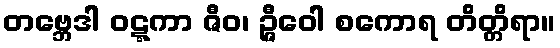
တဗ္ဘေဒါ ဝဋ္ဋကာ ဇီဝ၊ ဉ္ဇီဝေါ စကောရ တိတ္တိရာ။